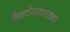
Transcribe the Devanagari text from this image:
लॅक्टोजसारख्या